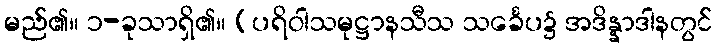
မည်၏။ ၁-ခုသာရှိ၏။ (ပရိဝါသမုဋ္ဌာနသီသ သင်္ခေပ၌ အဒိန္နာဒါနတွင်